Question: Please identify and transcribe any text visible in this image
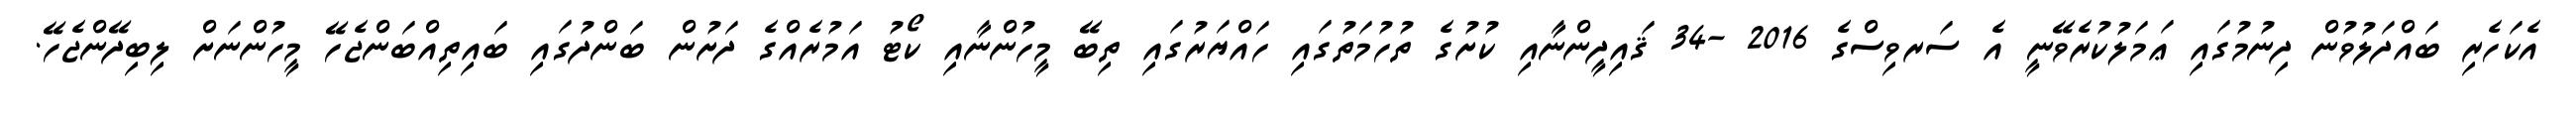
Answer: އެކަހެރި ބައްދަލުވުން ދިނުމުގައި ޢަމަލުކުރެވޭނީ އެ ސަރވިސްގެ 2016 -34 ޤައިދީންނާއި ކުށުގެ ތުހުމަތުގައި ހައްޔަރުގައި ތިބޭ މީހުންނާއި ކޯޓު އަމުރެއްގެ ދަށުން ބަންދުގައި ބައިތިއްބަންޖެހޭ މީހުންނަށް ލިބިދޭންޖެހޭ.